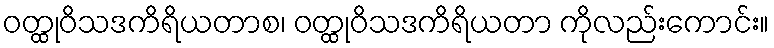
ဝတ္ထုဝိသဒကိရိယတာစ၊ ဝတ္ထုဝိသဒကိရိယတာ ကိုလည်းကောင်း။